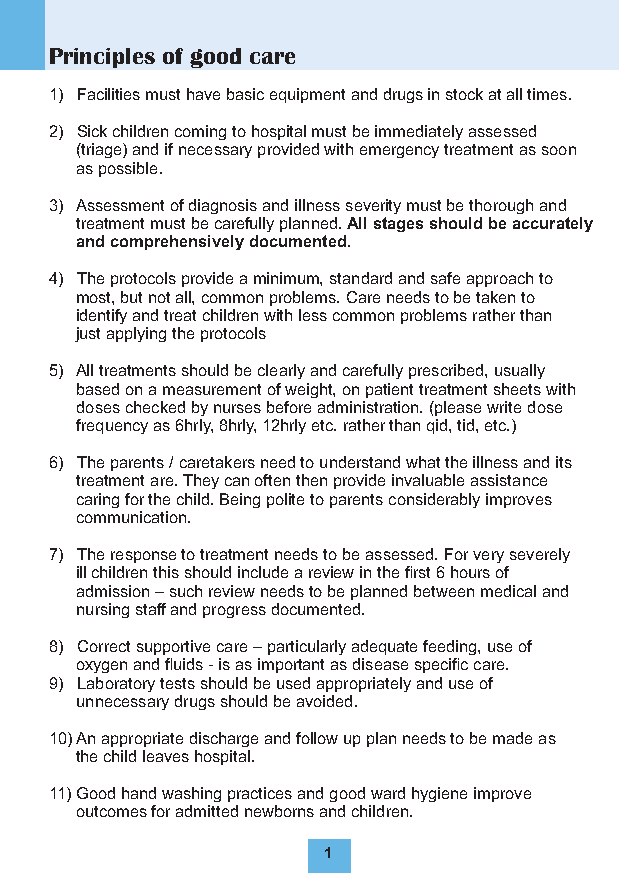
Principles of good care
 1) Facilities must have basic equipment and drugs in stock at all times.
 2) Sick children coming to hospital must be immediately assessed
 (triage) and if necessary provided with emergency treatment as soon
 as possible.
 3) Assessment of diagnosis and illness severity must be thorough and
 treatment must be carefully planned. All stages should be accurately
 and comprehensively documented.
 4) The protocols provide a minimum, standard and safe approach to
 most, but not all, common problems. Care needs to be taken to
 identify and treat children with less common problems rather than
 just applying the protocols
 5) All treatments should be clearly and carefully prescribed, usually
 based on a measurement of weight, on patient treatment sheets with
 doses checked by nurses before administration. (please write dose
 frequency as 6hrly, 8hrly, 12hrly etc. rather than qid, tid, etc.)
 6) The parents / caretakers need to understand what the illness and its
 treatment are. They can often then provide invaluable assistance
 caring for the child. Being polite to parents considerably improves
 communication.
 7) The response to treatment needs to be assessed. For very severely
 ill children this should include a review in the first 6 hours of
 admission – such review needs to be planned between medical and
 nursing staff and progress documented.
 8) Correct supportive care – particularly adequate feeding, use of
 oxygen and fluids - is as important as disease specific care.
 9) Laboratory tests should be used appropriately and use of
 unnecessary drugs should be avoided.
 10) An appropriate discharge and follow up plan needs to be made as
 the child leaves hospital.
 11)Good hand washing practices and good ward hygiene improve
 outcomes for admitted newborns and children.
 1